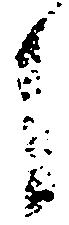
之